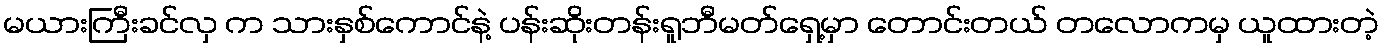
မယားကြီးခင်လှ က သားနှစ်ကောင်နဲ့ ပန်းဆိုးတန်းရူဘီမတ်ရှေ့မှာ တောင်းတယ် တလောကမှ ယူထားတဲ့